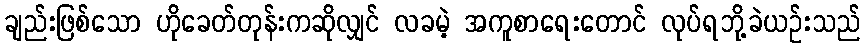
ချည်းဖြစ်သော ဟိုခေတ်တုန်းကဆိုလျှင် လခမဲ့ အကူစာရေးတောင် လုပ်ရဘို့ခဲယဉ်းသည်